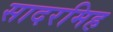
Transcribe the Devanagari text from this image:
सादरमिह